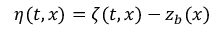
\eta ( t , x ) = \zeta ( t , x ) - z _ { b } ( x )